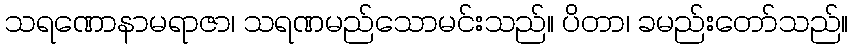
သရဏောနာမရာဇာ၊ သရဏမည်သောမင်းသည်။ ပိတာ၊ ခမည်းတော်သည်။